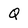
Character: Q